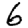
Digit: 6